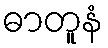
ဓာတူနံ